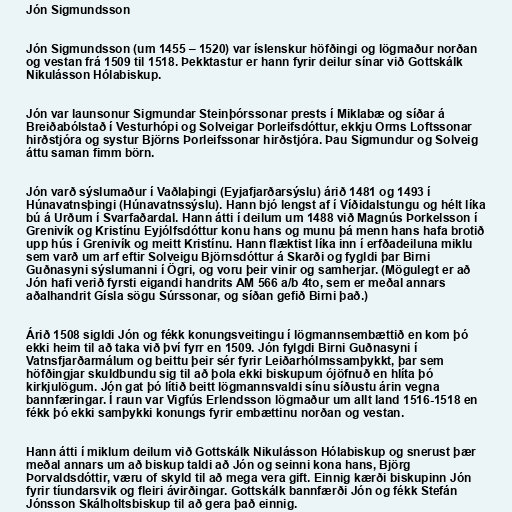
Jón Sigmundsson

Jón Sigmundsson (um 1455 – 1520) var íslenskur höfðingi og lögmaður norðan
og vestan frá 1509 til 1518. Þekktastur er hann fyrir deilur sínar við Gottskálk
Nikulásson Hólabiskup.

Jón var launsonur Sigmundar Steinþórssonar prests í Miklabæ og síðar á
Breiðabólstað í Vesturhópi og Solveigar Þorleifsdóttur, ekkju Orms Loftssonar
hirðstjóra og systur Björns Þorleifssonar hirðstjóra. Þau Sigmundur og Solveig
áttu saman fimm börn.

Jón varð sýslumaður í Vaðlaþingi (Eyjafjarðarsýslu) árið 1481 og 1493 í
Húnavatnsþingi (Húnavatnssýslu). Hann bjó lengst af í Víðidalstungu og hélt líka
bú á Urðum í Svarfaðardal. Hann átti í deilum um 1488 við Magnús Þorkelsson í
Grenivík og Kristínu Eyjólfsdóttur konu hans og munu þá menn hans hafa brotið
upp hús í Grenivík og meitt Kristínu. Hann flæktist líka inn í erfðadeiluna miklu
sem varð um arf eftir Solveigu Björnsdóttur á Skarði og fygldi þar Birni
Guðnasyni sýslumanni í Ögri, og voru þeir vinir og samherjar. (Mögulegt er að
Jón hafi verið fyrsti eigandi handrits AM 566 a/b 4to, sem er meðal annars
aðalhandrit Gísla sögu Súrssonar, og síðan gefið Birni það.)

Árið 1508 sigldi Jón og fékk konungsveitingu í lögmannsembættið en kom þó
ekki heim til að taka við því fyrr en 1509. Jón fylgdi Birni Guðnasyni í
Vatnsfjarðarmálum og beittu þeir sér fyrir Leiðarhólmssamþykkt, þar sem
höfðingjar skuldbundu sig til að þola ekki biskupum ójöfnuð en hlíta þó
kirkjulögum. Jón gat þó lítið beitt lögmannsvaldi sínu síðustu árin vegna
bannfæringar. Í raun var Vigfús Erlendsson lögmaður um allt land 1516-1518 en
fékk þó ekki samþykki konungs fyrir embættinu norðan og vestan.

Hann átti í miklum deilum við Gottskálk Nikulásson Hólabiskup og snerust þær
meðal annars um að biskup taldi að Jón og seinni kona hans, Björg
Þorvaldsdóttir, væru of skyld til að mega vera gift. Einnig kærði biskupinn Jón
fyrir tíundarsvik og fleiri ávirðingar. Gottskálk bannfærði Jón og fékk Stefán
Jónsson Skálholtsbiskup til að gera það einnig.